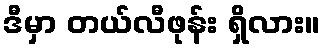
ဒီမှာ တယ်လီဖုန်း ရှိလား။